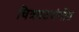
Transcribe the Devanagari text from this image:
चित्रपटसंगीत